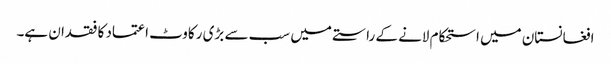
افغانستان میں استحکام لانے کے راستے میں سب سے بڑی رکاوٹ اعتماد کا فقدان ہے۔